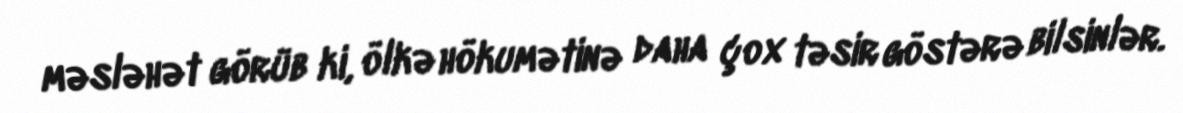
məsləhət görüb ki, ölkə hökumətinə daha çox təsir göstərə bilsinlər.